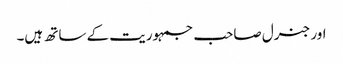
اور جنرل صاحب جمہوریت کے ساتھ ہیں۔